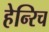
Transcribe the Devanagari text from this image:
हेन्‍रिच